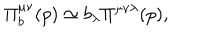
\Pi _ { b } ^ { \mu \nu } ( p ) \simeq b _ { \lambda } \Pi ^ { \mu \nu \lambda } ( p ) ,